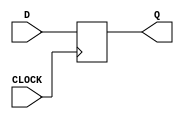
`timescale 1ns / 1ps
//////////////////////////////////////////////////////////////////////////////////
// Company: 
// Engineer: 
// 
// Design Name: 
// Module Name: dflipflop
// Project Name: 
// Target Devices: 
// Tool Versions: 
// Description: 
// 
// Dependencies: 
// 
// Revision:
// Revision 0.01 - File Created
// Additional Comments:
// 
//////////////////////////////////////////////////////////////////////////////////


module dflipflop (input CLOCK, D, output reg Q = 0);
    always @ (posedge CLOCK) begin
    Q <= D;
    end
endmodule